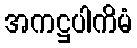
အကဋ္ဌပါကိမံ